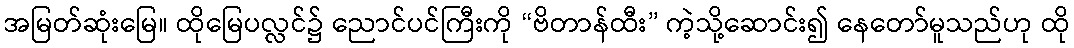
အမြတ်ဆုံးမြေ။ ထိုမြေပလ္လင်၌ ညောင်ပင်ကြီးကို “ဗိတာန်ထီး” ကဲ့သို့ဆောင်း၍ နေတော်မူသည်ဟု ထို